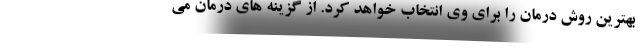
بهترین روش درمان را برای وی انتخاب خواهد کرد. از گزینه های درمان می